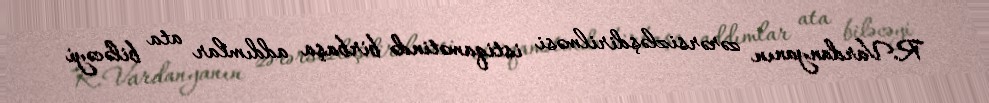
R.Vardanyanın zərərsizləşdirilməsi istiqamətində birbaşa addımlar ata biləcəyi